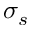
\sigma _ { s }